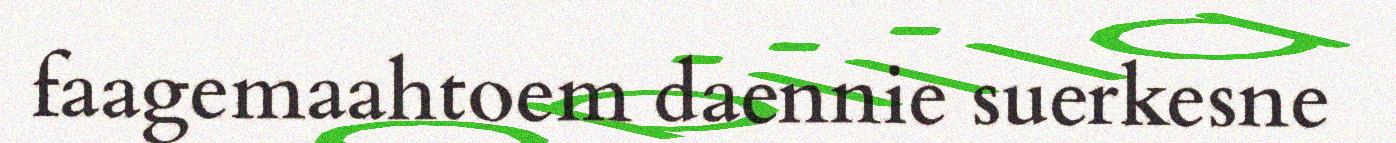
faagemaahtoem daennie suerkesne